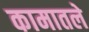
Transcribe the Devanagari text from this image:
कामातले